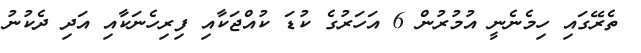
ތެރޭގައި ހިމެނެނީ އުމުރުން 6 އަހަރުގެ ކުޑަ ކުއްޖަކާއި ފިރިހެނަކާއި އަދި ދެކުނު